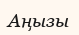
Аңызы